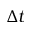
\Delta t